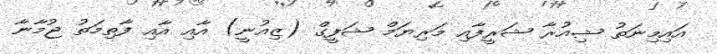
އައިމިނަތު ޝިއުރާ ޝަރީފާއި މަރިޔަމް ޝަފީގް (ޒިއުނީ) އާއި އާއި ފާތިމަތު ޖުމާނާ